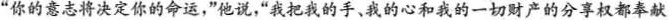
”你的意志将决定你的命运，”他说，”我把我的手、我的心和我的一切财产的分权都奉献